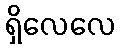
ရှိလေလေ